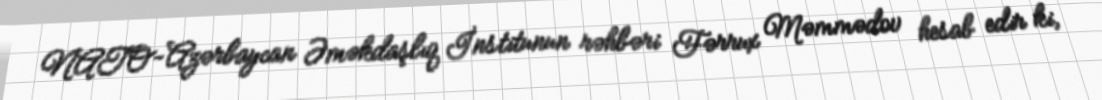
NATO-Azərbaycan Əməkdaşlıq İnstitunun rəhbəri Fərrux Məmmədov hesab edir ki,